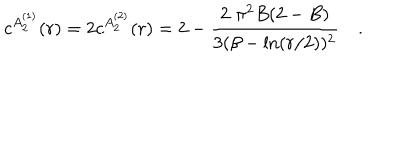
c ^ { A _ { 2 } ^ { ( 1 ) } } ( r ) = 2 c ^ { A _ { 2 } ^ { ( 2 ) } } ( r ) = 2 - \frac { 2 \, \, \pi ^ { 2 } B ( 2 - B ) } { 3 ( \beta - \ln ( r / 2 ) ) ^ { 2 } } \quad .